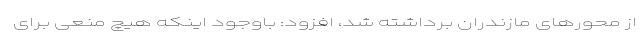
از محورهای مازندران برداشته شد، افزود: باوجود اینکه هیچ منعی برای